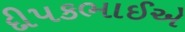
દીપકભાઈએ